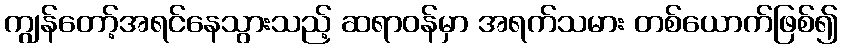
ကျွန်တော့်အရင်နေသွားသည့် ဆရာဝန်မှာ အရက်သမား တစ်ယောက်ဖြစ်၍